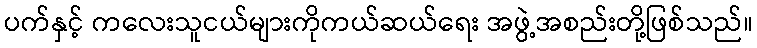
ပက်နှင့် ကလေးသူငယ်များကိုကယ်ဆယ်ရေး အဖွဲ့အစည်းတို့ဖြစ်သည်။